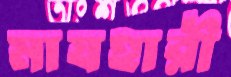
মাযহারী